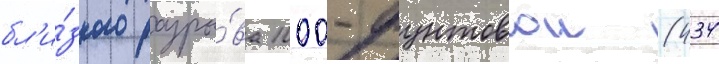
бл'и́зкого разры́ва 1000-фунтовои (434